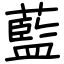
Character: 藍